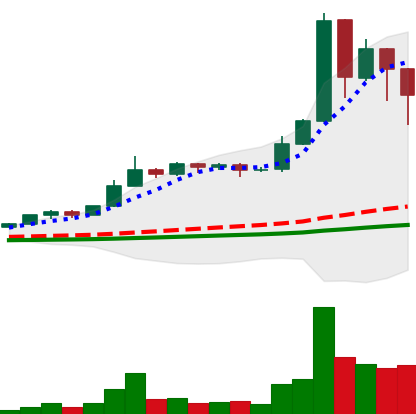
Ticker: BNB-USD
Chart end date: 2021-02-23
Forward return: -9.273%
Label: down_7plus